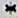
*